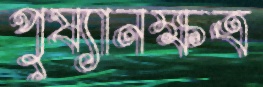
পুষ্যানক্ষত্র